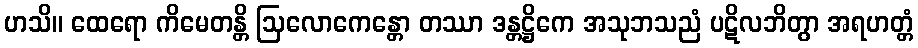
ဟသိ။ ထေရော ကိမေတန္တိ ဩလောကေန္တော တဿာ ဒန္တဋ္ဌိကေ အသုဘသညံ ပဋိလဘိတွာ အရဟတ္တံ